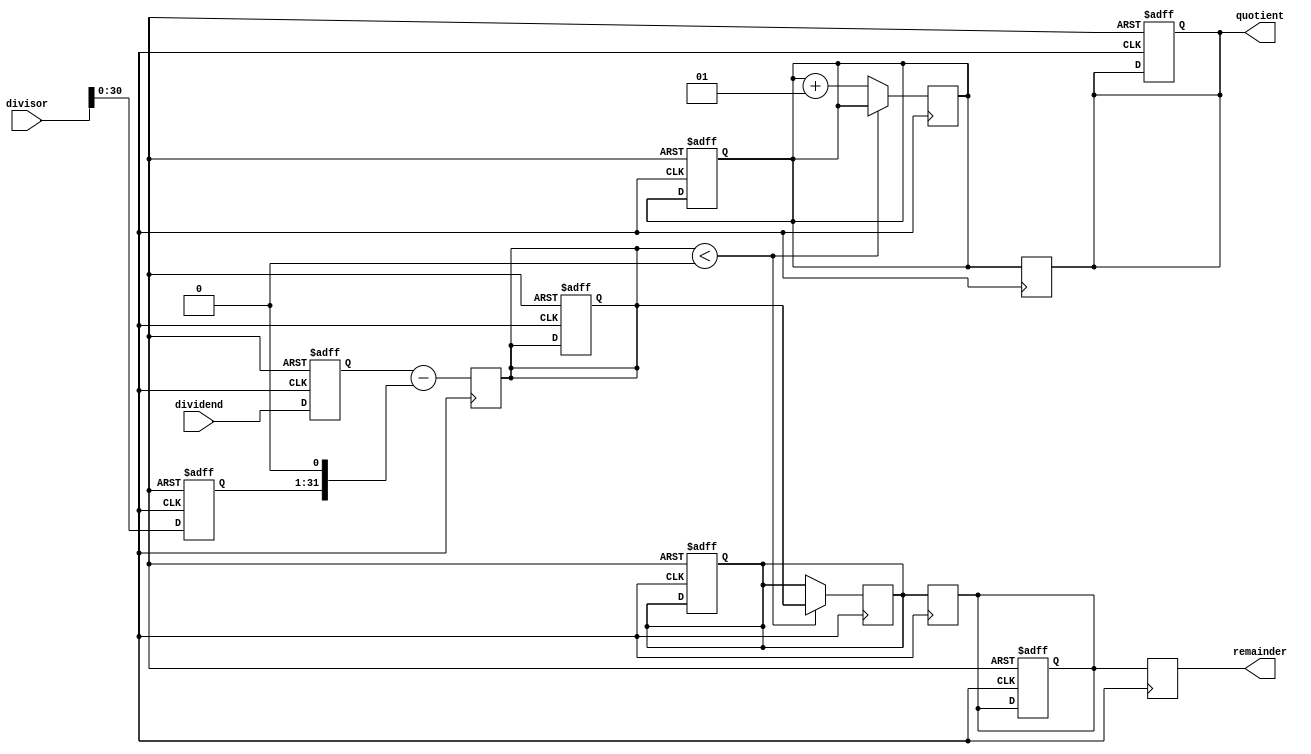
module pipelined_divider (
    input wire signed [31:0] dividend,
    input wire signed [31:0] divisor,
    output wire signed [31:0] quotient,
    output wire signed [31:0] remainder
);

reg signed [31:0] dividend_reg;
reg signed [31:0] divisor_reg;
reg signed [31:0] quotient_reg;
reg signed [31:0] remainder_reg;

// Pipeline stages
reg signed [31:0] difference;
reg signed [31:0] remainder_shifted;
reg signed [31:0] quotient_partial;

always @ (posedge clk or negedge rst_n) begin
    if (~rst_n) begin
        dividend_reg <= 32'b0;
        divisor_reg <= 32'b0;
        quotient_reg <= 32'b0;
        remainder_reg <= 32'b0;
        
        difference <= 32'b0;
        remainder_shifted <= 32'b0;
        quotient_partial <= 32'b0;
    end else begin
        dividend_reg <= dividend;
        divisor_reg <= divisor;
    end
end

// Subtraction stage
always @ (posedge clk) begin
    difference <= dividend_reg - (divisor_reg << 1); // Shift divisor to align with dividend
end

// Normalization stage
always @ (posedge clk) begin
    remainder_shifted <= (difference < 0) ? difference : remainder_shifted;
end

// Quotient computation stage
always @ (posedge clk) begin
    quotient_partial <= (difference < 0) ? quotient_partial : quotient_partial + 1;
end

// Remainder computation stage
always @ (posedge clk) begin
    remainder_reg <= remainder_shifted;
end

always @ (posedge clk) begin
    quotient_reg <= quotient_partial;
    remainder <= remainder_reg;
end

assign quotient = quotient_reg;

endmodule